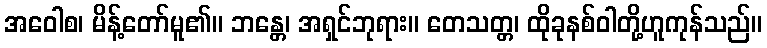
အဝေါစ၊ မိန့်တော်မူ၏။ ဘန္တေ၊ အရှင်ဘုရား။ တေသတ္တ၊ ထိုခုနစ်ဝါတို့ဟူကုန်သည်။